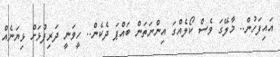
އައިފަހުން.. މާލޭގަ ވެސް ކޯލެއްގަ އިންނަތަން ބައްޕަ ދެކެން.. ހީވަނީ ދަރިފުޅަށް ޅިޔަނެއް